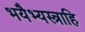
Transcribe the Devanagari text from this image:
भयैभ्यस्त्राहि